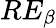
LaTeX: RE_{\beta}